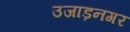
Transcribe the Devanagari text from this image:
उजाड़नगर